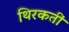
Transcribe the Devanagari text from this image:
थिरकतीं